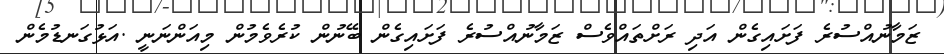
ޒަމާނުއްސުރެ ފަށައިގެން އަދި ރަށްތައްވެސް ޒަމާނުއްސުރެ ފަށައިގެން ބޭނުން ކުރެވެމުން މިއަންނަނީ .އަޅުގަނޑުމެން